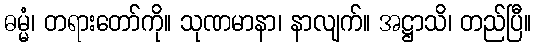
ဓမ္မံ၊ တရားတော်ကို။ သုဏမာနာ၊ နာလျက်။ အဋ္ဌာသိ၊ တည်ပြီ။